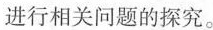
进行相关问题的探究。